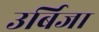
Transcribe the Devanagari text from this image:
उर्बिजा